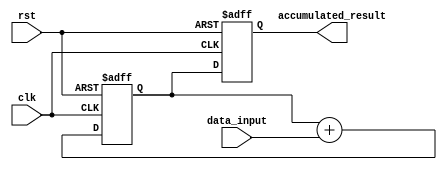
module fixed_point_accumulator (
    input signed [31:0] data_input,
    input clk,
    input rst,
    output reg signed [31:0] accumulated_result
);

reg signed [31:0] internal_accumulator;

always @(posedge clk or posedge rst) begin
    if (rst) begin
        internal_accumulator <= 0;
        accumulated_result <= 0;
    end else begin
        internal_accumulator <= internal_accumulator + data_input;
        accumulated_result <= internal_accumulator;
    end
end

endmodule